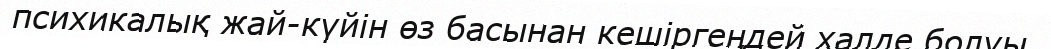
психикалық жай-күйін өз басынан кешіргеңдей халде болуы.